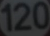
120